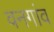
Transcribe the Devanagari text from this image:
वनगांव